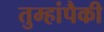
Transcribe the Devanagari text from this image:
तुम्हांपैकी